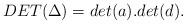
LaTeX: \begin{align*}DET(\Delta) = det(a) . det(d) . \end{align*}